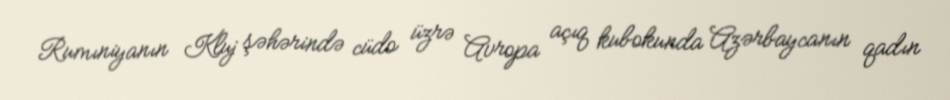
Rumıniyanın Kluj şəhərində cüdo üzrə Avropa açıq kubokunda Azərbaycanın qadın